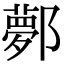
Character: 鄸